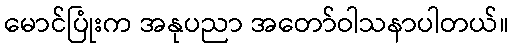
မောင်ပြုံးက အနုပညာ အတော်ဝါသနာပါတယ်။